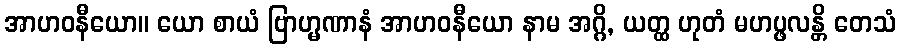
အာဟဝနီယော။ ယော စာယံ ဗြာဟ္မဏာနံ အာဟဝနီယော နာမ အဂ္ဂိ, ယတ္ထ ဟုတံ မဟပ္ဖလန္တိ တေသံ